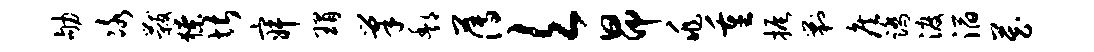
劬冰黻獠堪寂瑁巢酆薄欠昂兆重振剿侯踏渡滔藏